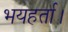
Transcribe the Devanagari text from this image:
भयहर्ता।